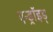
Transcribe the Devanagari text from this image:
एन्ड्रॉइड्